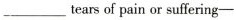
___tears of pain or suffering—